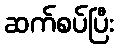
ဆက်စပ်ပြီး